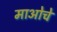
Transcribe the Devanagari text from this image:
माओचे